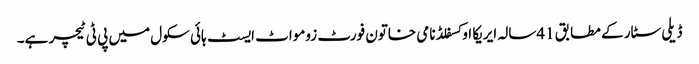
ڈیلی سٹار کے مطابق 41سالہ ایریکا اوکسفلڈ نامی خاتون فورٹ زومواٹ ایسٹ ہائی سکول میں پی ٹی ٹیچر ہے۔